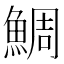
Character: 鯛